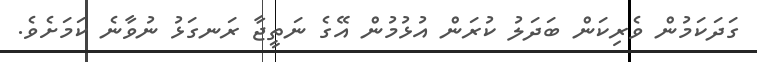
ގަދަކަމުން ވެރިކަން ބަދަލު ކުރަން އުޅުމުން އޭގެ ނަތީޖާ ރަނގަޅު ނުވާނެ ކަމަށެވެ.